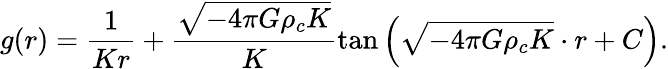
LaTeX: g(r)=\frac{1}{Kr}+\frac{\sqrt{-4\pi G\rho_{c}K}}{K}\tan\left(\sqrt{-4\pi G\rho_{c}K}\cdot r+C\right).